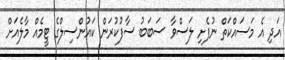
އަދި އެ މަސައްކަތް ނުފެށި ލަސްވާ ސަބަބު ސާފުކުރަން ކައުންސިލްގެ ޓީމެއް މާލެއަށް